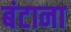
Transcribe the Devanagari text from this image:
बंटाना